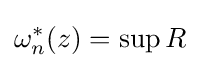
\omega _{n}^{*}(z)=\sup R